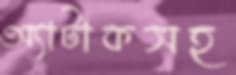
অ্যাটাকসহ